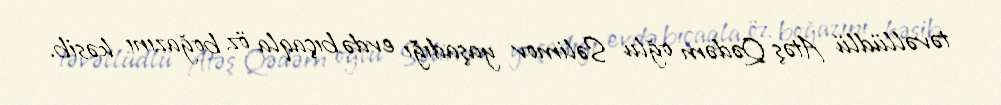
təvəllüdlü Atəş Qədəm oğlu Səlimov yaşadığı evdə bıçaqla öz boğazını kəsib.